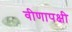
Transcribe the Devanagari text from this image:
वीणापक्षी